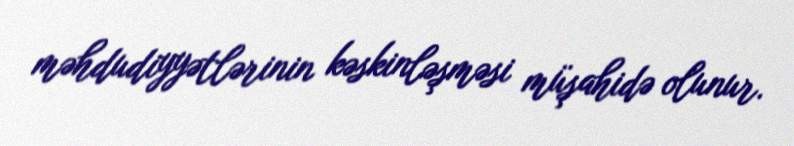
məhdudiyyətlərinin kəskinləşməsi müşahidə olunur.